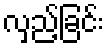
လှည့်ခြင်း